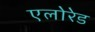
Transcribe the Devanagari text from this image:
एलोरेड